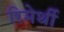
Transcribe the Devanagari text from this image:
रिमेर्थी